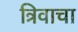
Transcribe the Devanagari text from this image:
त्रिवाचा